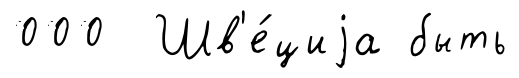
000 Шв'е́циjа быть